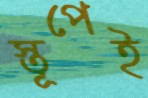
স্তূপেই